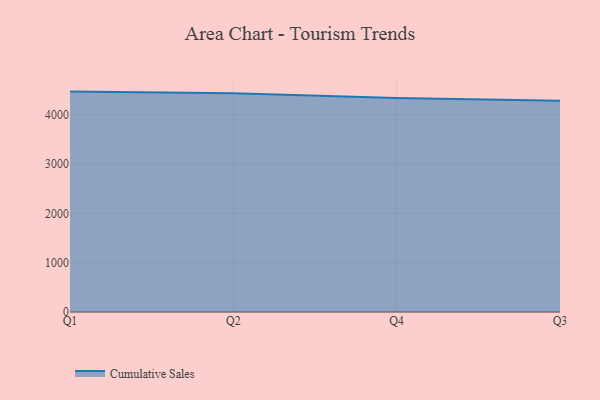
{"axis": {"x": "Quarter", "y": "Inventory Turnover"}, "legend": ["Cumulative Sales"], "data": [{"x": "Q1", "y": 4466.3, "type": "Cumulative Sales"}, {"x": "Q2", "y": 4434.3, "type": "Cumulative Sales"}, {"x": "Q4", "y": 4338.2, "type": "Cumulative Sales"}, {"x": "Q3", "y": 4282.8, "type": "Cumulative Sales"}]}